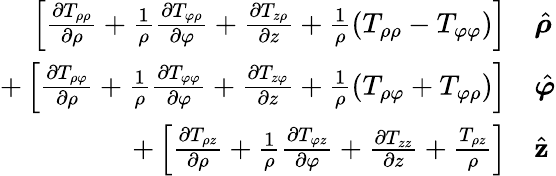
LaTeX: \begin{array}{rl}{\left[{\frac{\partial T_{\rho\rho}}{\partial\rho}}+{\frac{1}{\rho}}{\frac{\partial T_{\varphi\rho}}{\partial\varphi}}+{\frac{\partial T_{z\rho}}{\partial z}}+{\frac{1}{\rho}}(T_{\rho\rho}-T_{\varphi\varphi})\right]}&{{}{\hat{\boldsymbol{\rho}}}}\\ {+\left[{\frac{\partial T_{\rho\varphi}}{\partial\rho}}+{\frac{1}{\rho}}{\frac{\partial T_{\varphi\varphi}}{\partial\varphi}}+{\frac{\partial T_{z\varphi}}{\partial z}}+{\frac{1}{\rho}}(T_{\rho\varphi}+T_{\varphi\rho})\right]}&{{}{\hat{\boldsymbol{\varphi}}}}\\ {+\left[{\frac{\partial T_{\rho z}}{\partial\rho}}+{\frac{1}{\rho}}{\frac{\partial T_{\varphi z}}{\partial\varphi}}+{\frac{\partial T_{zz}}{\partial z}}+{\frac{T_{\rho z}}{\rho}}\right]}&{{}{\hat{\mathbf{z}}}}\end{array}